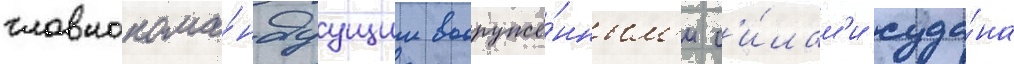
главнокома́ндуущим вооружё́нным'и с'и́лам'и суда́на